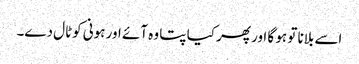
اسے بلانا تو ہو گا اور پھر کیا پتا وہ آئے اور ہونی کوٹال دے۔